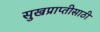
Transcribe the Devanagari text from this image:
सुखप्राप्तीसाठी